Scientific memoirs by medical officers of the Army of India - Part III,
Year: 1887
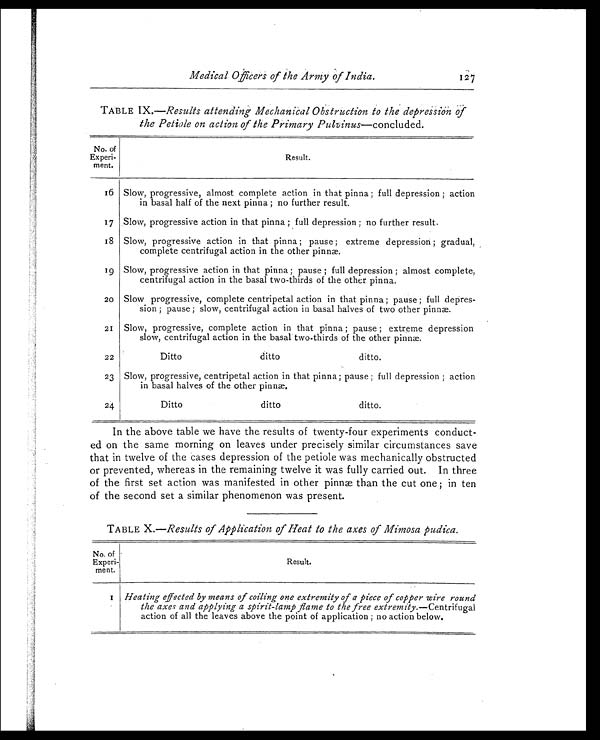
Medical Officers of the Army of India.
121
TABLE IX.—Results attending Mechanical Obstruction to the depression of
the Petiole on action of the Primary Pulvinus— concluded.
No. of
Experi-
ment.
Result.
16 Slow, progressive, almost complete action in that pinna ; full depression ; action
in basal half of the next pinna ; no further result.
17 Slow, progressive action in that pinna ; full depression ; no further result.
18 Slow, progressive action in that pinna ; pause ; extreme depression ; gradual,
complete centrifugal action in the other pinnæ.
19 Slow, progressive action in that pinna ; pause ; full depression ; almost complete,
centrifugal action in the basal two-thirds of the other pinna.
20 Slow progressive, complete centripetal action in that pinna ; pause ; full depres-
sion ; pause ; slow, centrifugal action in basal halves of two other pinnæ.
21 Slow, progressive, complete action in that pinna ; pause ; extreme depression
slow, centrifugal action in the basal two-thirds of the other pinnæ.
22
Ditto
ditto
ditto.
23 Slow, progressive, centripetal action in that pinna ; pause ; full depression ; action
in basal halves of the other pinnæ.
24
Ditto
ditto
ditto.
In the above table we have the results of twenty-four experiments conduct-
ed on the same morning on leaves under precisely similar circumstances save
that in twelve of the cases depression of the petiole was mechanically obstructed
or prevented, whereas in the remaining twelve it was fully carried out. In three
of the first set action was manifested in other pinnæ than the cut one in ten
of the second set a similar phenomenon was present.
TABLE X.—Results of Application of Heat to the axes of Mimosa pudica.
No. of
Experi-
ment.
Result.
1 Heating effected by means of coiling one extremity of a piece of copper wire round
the axes and applying a spirit-lamp flame to the free extremity. —Centrifugal
action of all the leaves above the point of application ; no action below.